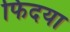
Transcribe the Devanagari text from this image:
फिदया